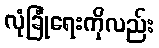
လုံခြုံရေးကိုလည်း